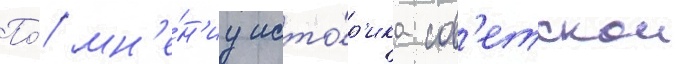
По́ мн'е́н'иу исто́р'ика сов'етскои